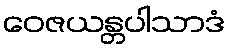
ဝေဇယန္တပါသာဒံ